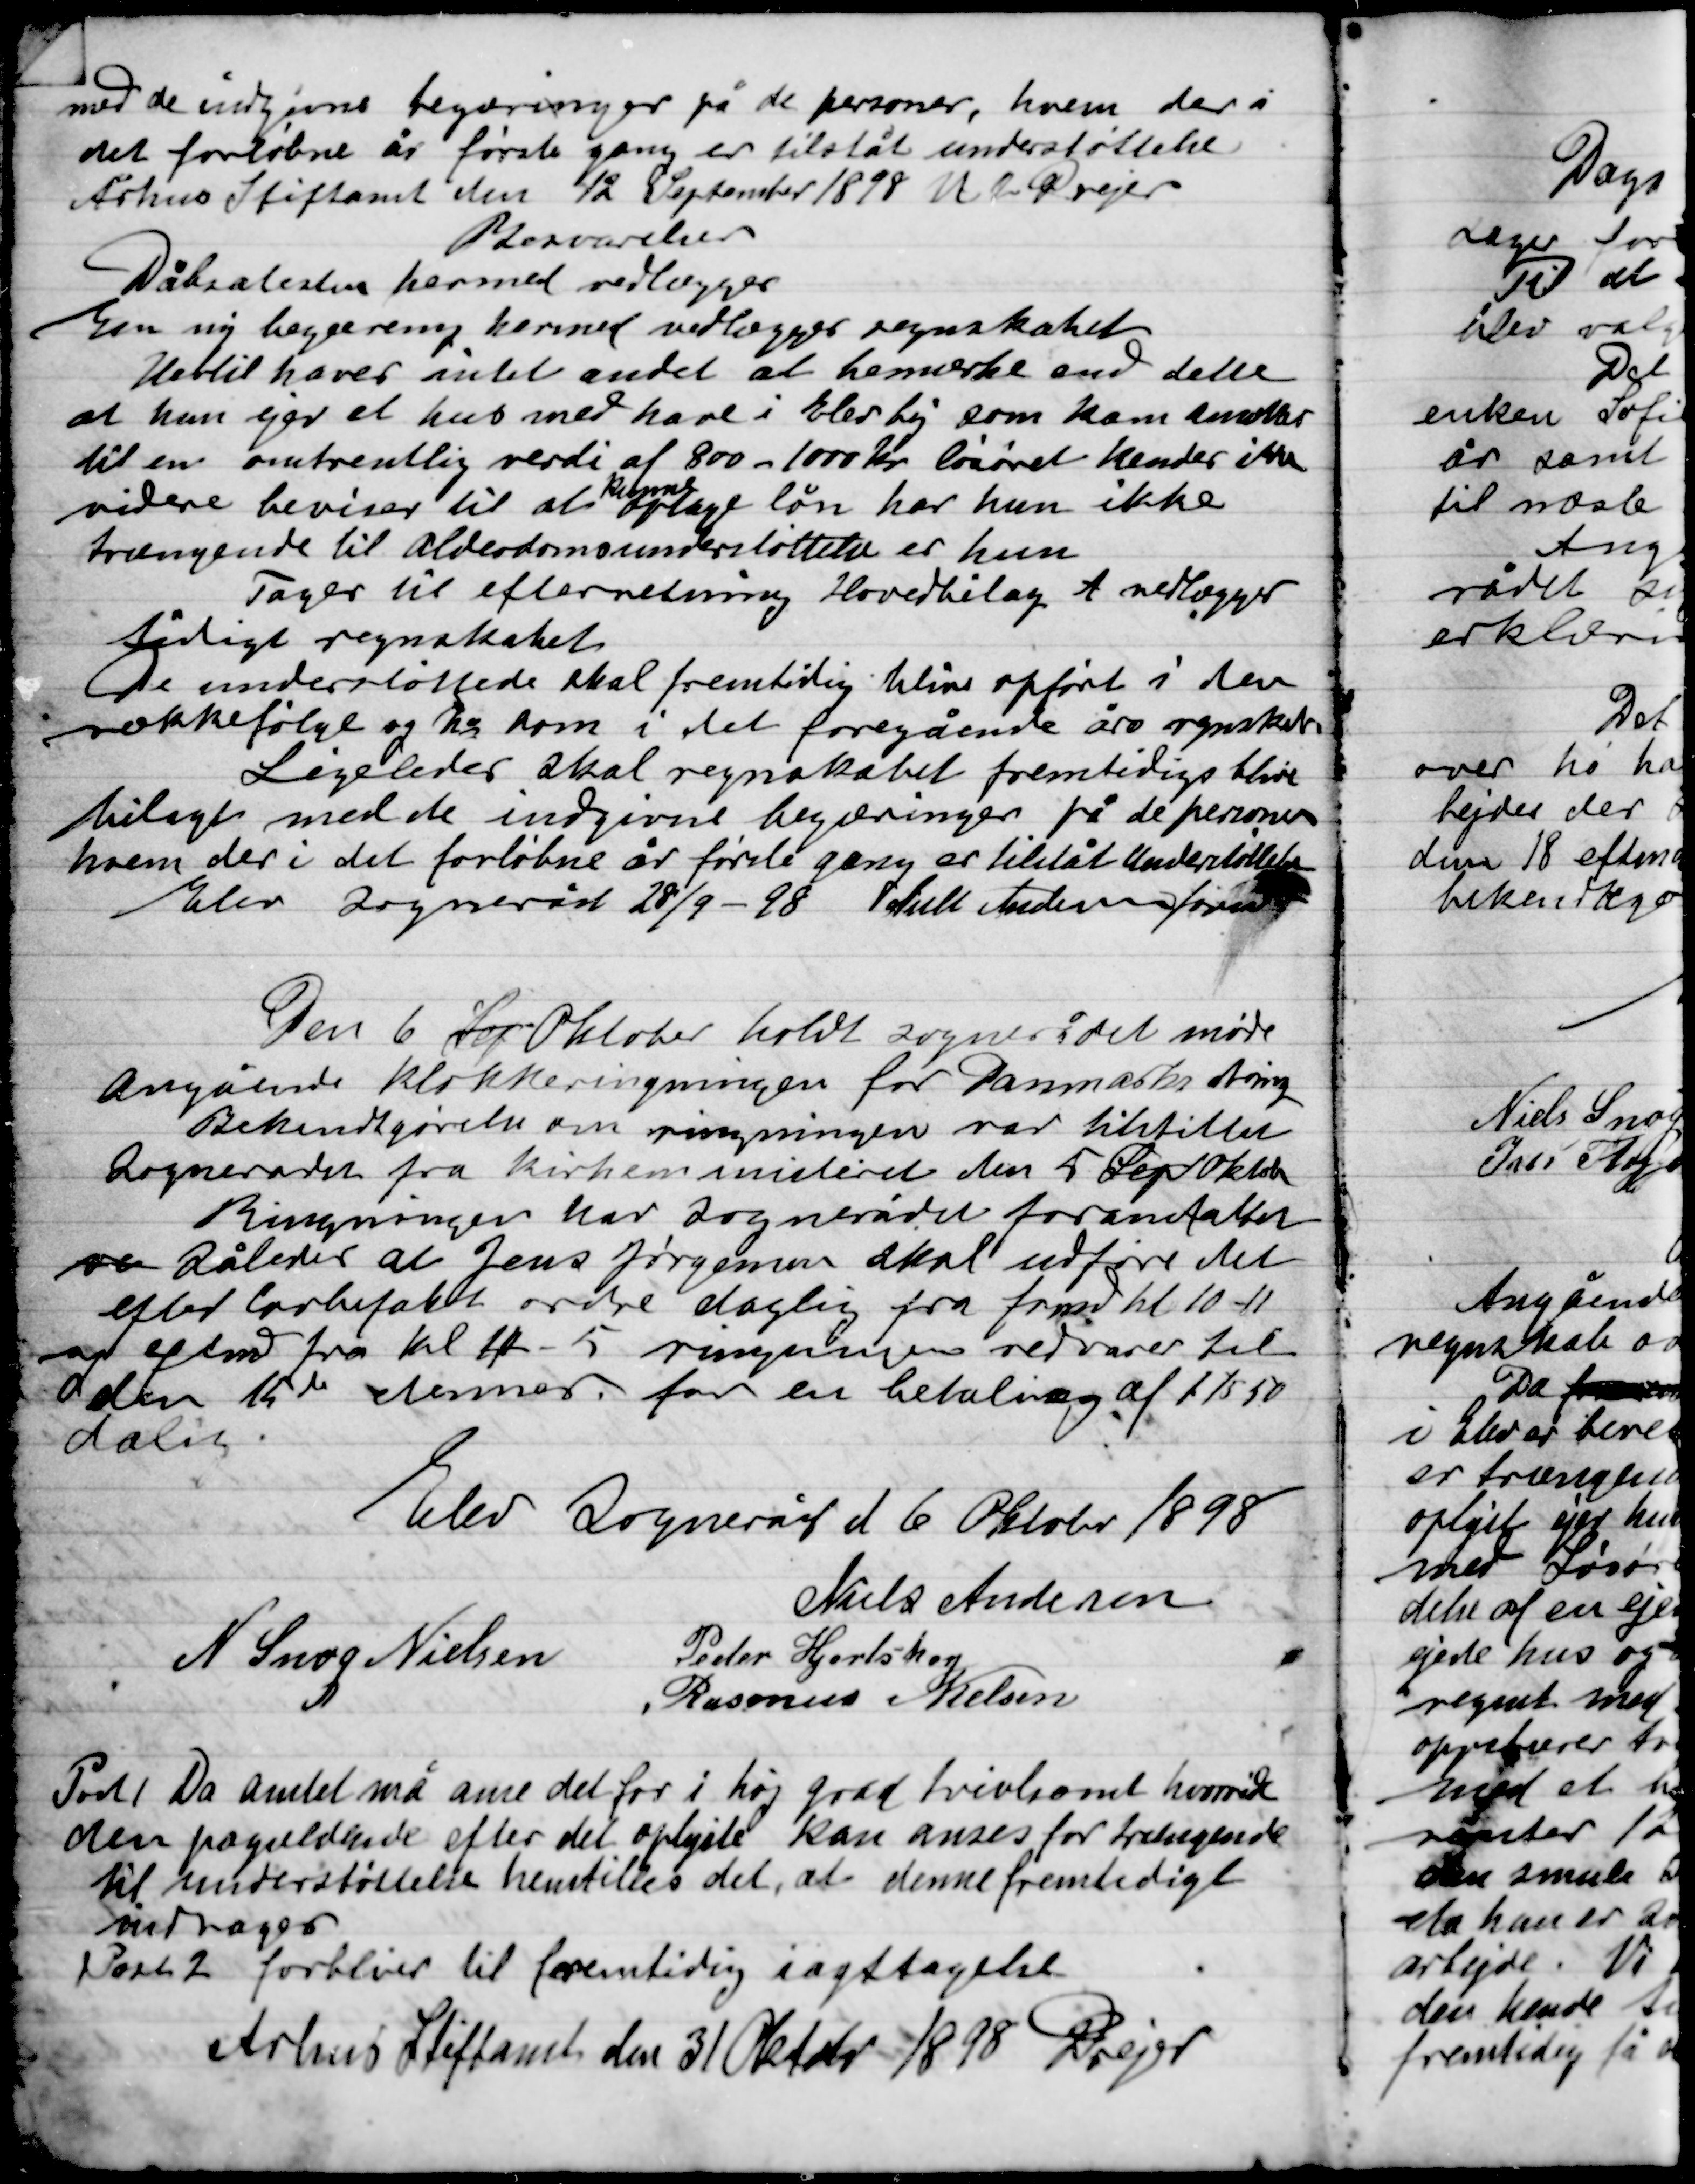
Transskription:
med de indgivne begæringer på de personer, hvem der i
det forløbne år første gang er tilstået understøttelse.
Århus Stiftsamt den 12 september 1898 U. P. Drejer

Besvarelser
Dåbsattesten hermed vedlægges
Den ny begæring hermed vedlægges regnskabet
Hertil haver intet andet at bemærke end dette
at hun ejer et hus med have i Elev by som kan ansættes
til en omtrentlig værdi af 800-1000 Kr. løsøret kender ikke
videre beviser til at
kunne
optage lån har hun ikke
trængende til Alderdomsunderstøttelse er hun
Tager til efterretning Hovedbilag A vedlægges
tidigt regnskabet
De understøttede skal fremtidig blive opført i den
rækkefølge og Da som i det foregående års regnskab
Ligeledes skal regnskabet fremtidig blive
tillagt med de indgivne begæringer på de personer
hvem der i det forløbne år første gang er tilstået Understøttelse
Elev Sogneråd 28/9 - 98 Niels Andersen fmd.

Den 6 Sep. Oktober holdt Sognerådet møde
Angående klokkeringningen for Danmarks Arving
Bekendtgørelse om ringningen var tilstillet
Sognerådet fra Kirkeministeriet den 5 Sept Oktob
Ringningen har Sognerådet foranstaltet
ved således at Jens Jørgensen skal udføre det
efter lovbefalet ordre daglig fra form. Kl 10-11
og efterm. fra Kl 4-5 ringningen vedvarer til
den 15de dennes. for en betaling af 115,50
dalig.

Elev Sogneråd d 6 Oktober 1898

Niels Andersen
Peder Hjortshøj
N. Snog Nielsen
Rasmus Nielsen

Post 1
Da Amtet må anse det for i høj grad tvivlsomt hvorvidt
den pågældende efter det oplyste kan anses for trængende
til understøttelse henstilles det, at denne fremtidigt
unddrages.
Post 2
forbliver til fremtidig iagttagelse
Århus Stiftsamt den 31 Oktober 1898 Drejer